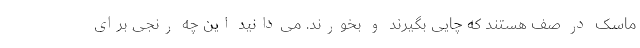
ماسک در صف هستند که چایی بگیرند و بخورند. می‌دانید این چه رنجی برای